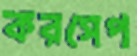
করসেপ